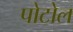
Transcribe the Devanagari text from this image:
पोटोल